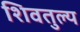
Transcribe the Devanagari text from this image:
शिवतुल्य